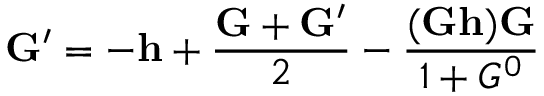
{ \bf G } ^ { \prime } = - { \bf h } + \frac { { \bf G } + { \bf G } ^ { \prime } } { 2 } - \frac { ( { \bf G } { \bf h } ) { \bf G } } { 1 + G ^ { 0 } }